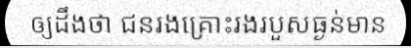
ឲ្យដឹងថា ជនរងគ្រោះរងរបួសធ្ងន់មាន